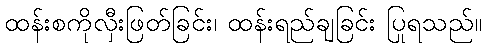
ထန်းစကိုလှီးဖြတ်ခြင်း၊ ထန်းရည်ချခြင်း ပြုရသည်။